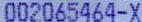
002065464-X